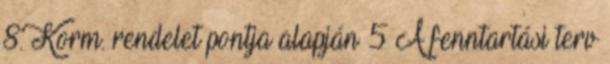
8. Korm. rendelet pontja alapján 5 A fenntartási terv